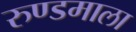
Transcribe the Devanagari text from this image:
रुण्डमाला